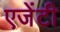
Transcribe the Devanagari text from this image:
एजेंटी